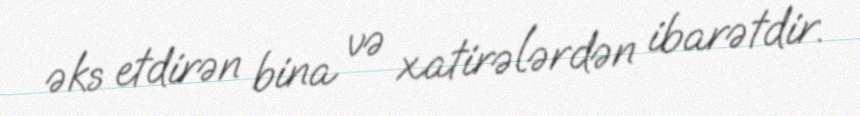
əks etdirən bina və xatirələrdən ibarətdir.